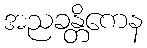
အညခန္တိကေန